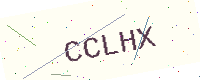
Text: CCLHX